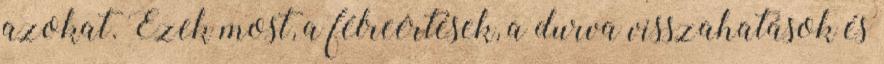
azokat. Ezek most, a félreértések, a durva visszahatások és